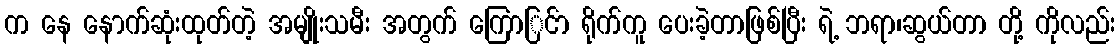
က နေ နောက်ဆုံးထုတ်တဲ့ အမျိုးသမီး အတွက် ကြောြင်ာ ရိုက်ကူ ပေးခဲ့တာဖြစ်ပြီး ရဲ့ ဘရာ၊ဆွယ်တာ တို့ ကိုလည်း